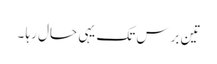
تین برس تک یہی حال رہا ۔